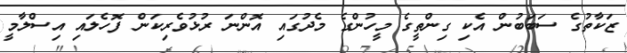
ޒަކާތުގެ ސަބަބުން އެކި ގިންތީގެ މީހުންގެ މެދުގައި އޮންނަ ރުޅުވެރިކަން ފޮހެލައި އިސްލާމީ